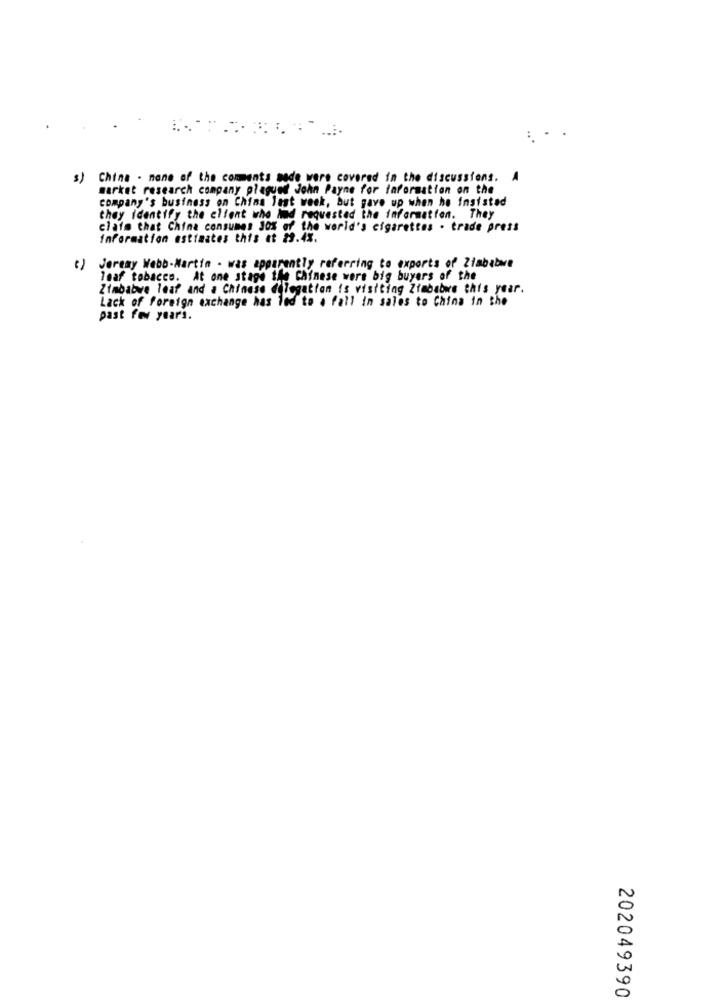
: .
3)
China - none of the comments made were covered in the discussions. A
market research company plagued John Payne for faformation on the
company's business on China last week, but gave up when he insisted
they identify the client who had requested the information. They
claim that China consumes 30% of the world's cigarettes . trade press
Information estimates this at 29.4%.
") Jeremy Webb-Martin - was apparently referring to exports of Zimbabwe
leaf tobacco. At one stage the Chinese were big buyers of the
Zimbabwe leaf and a Chinese delegation is visiting Zimbabwe this year.
Lack of foreign exchange has led to a fall in sales to China in the
past four years.
202049390